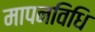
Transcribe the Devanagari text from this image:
मापनविधि